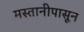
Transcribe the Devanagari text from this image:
मस्तानीपासून